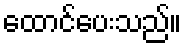
ထောင်ပေးသည်။